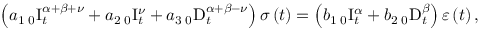
\left( a _ { 1 } \, { } _ { 0 } \mathrm { I } _ { t } ^ { \alpha + \beta + \nu } + a _ { 2 } \, { } _ { 0 } \mathrm { I } _ { t } ^ { \nu } + a _ { 3 } \, { } _ { 0 } \mathrm { D } _ { t } ^ { \alpha + \beta - \nu } \right) \sigma \left( t \right) = \left( b _ { 1 } \, { } _ { 0 } \mathrm { I } _ { t } ^ { \alpha } + b _ { 2 } \, { } _ { 0 } \mathrm { D } _ { t } ^ { \beta } \right) \varepsilon \left( t \right) ,